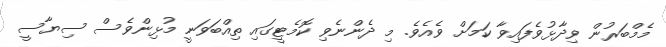
މެމްބަރުން ވިދާޅުވެފައިވާ ކަމަށް ވެއެވެ. މި ދެންނެވި ކޮމެޓީގައި ތިއްބަވަނީ މުޅިންވެސް ސިޔާސީ